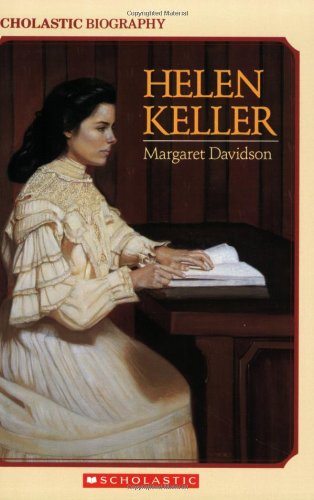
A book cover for Helen Keller (Scholastic Biography); Margaret Davidson; Children's Books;